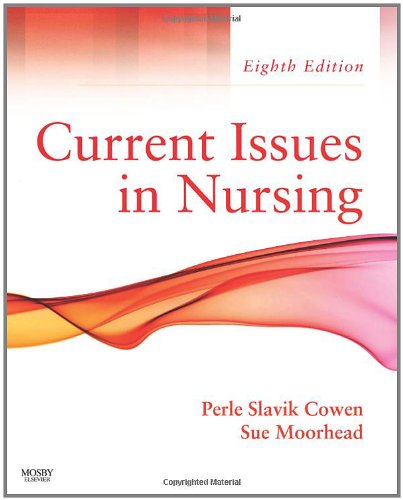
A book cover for Current Issues In Nursing, 8e (Current Issues in Nursing (McCloskey)); Perle Slavik Cowen PhD  RN; Medical Books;